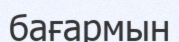
бағармын